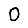
Digit: 0